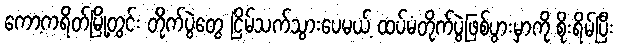
ကော့ကရိတ်မြို့တွင်း တိုက်ပွဲတွေ ငြိမ်သက်သွားပေမယ့် ထပ်မံတိုက်ပွဲဖြစ်ပွားမှာကို စိုးရိမ်ပြီး